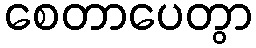
စေတာပေတွာ